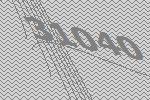
31040